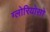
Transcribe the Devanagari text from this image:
ग्लोरियोसो